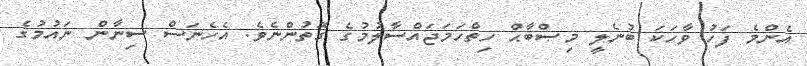
އެންމެ ފަހު ވާހަކަ ބުނެލީ މިޞްބާޙް ހިތްހަމަޖައްސާލުމުގެ ގޮތުންނެވެ. އެހެނަސް ސިނާން ނައުމުގެ